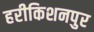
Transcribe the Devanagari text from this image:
हरीकिशनपुर